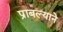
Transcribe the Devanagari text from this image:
प्राबल्याने